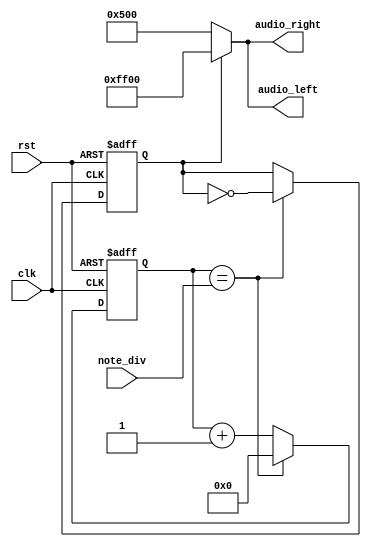
`timescale 1ns / 1ps
//////////////////////////////////////////////////////////////////////////////////
// Company: 
// Engineer: 
// 
// Design Name: 
// Module Name: buzzer_control
// Project Name: 
// Target Devices: 
// Tool Versions: 
// Description: 
// 
// Dependencies: 
// 
// Revision:
// Revision 0.01 - File Created
// Additional Comments:
// 
//////////////////////////////////////////////////////////////////////////////////


module buzzer_control(clk, rst, note_div, audio_left, audio_right);
    input clk, rst;
    input [21:0] note_div;
    output [15:0] audio_left;
    output [15:0] audio_right;
    
    reg [21:0] clk_cnt_next, clk_cnt;
    reg b_clk, b_clk_next;
    
    always @(posedge clk or negedge rst) begin
        if(~rst) begin
            clk_cnt <= 22'd0;
            b_clk <= 1'b0; 
        end
        else begin
            clk_cnt <= clk_cnt_next;
            b_clk <= b_clk_next;
        end
    end
    
    always @* begin
        if(clk_cnt == note_div) begin
            clk_cnt_next = 22'd0;
            b_clk_next = ~b_clk;
        end
        else begin
            clk_cnt_next = clk_cnt + 1'b1;
            b_clk_next = b_clk;
        end
    end
    
    assign audio_left = (b_clk == 1'b0) ? 16'h500 : 16'hFF00;
    assign audio_right = (b_clk == 1'b0) ? 16'h500 : 16'hFF00;
    
endmodule